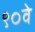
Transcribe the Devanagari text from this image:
९०वे